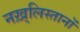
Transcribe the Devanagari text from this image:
नख़्लिस्तानों